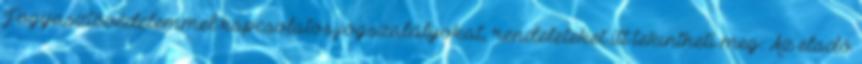
Fogyasztóvédelemmel kapcsolatos jogszabályokat, rendeleteket itt tekintheti meg: Az eladó